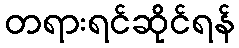
တရားရင်ဆိုင်ရန်